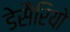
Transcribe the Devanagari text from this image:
डेसैरियो